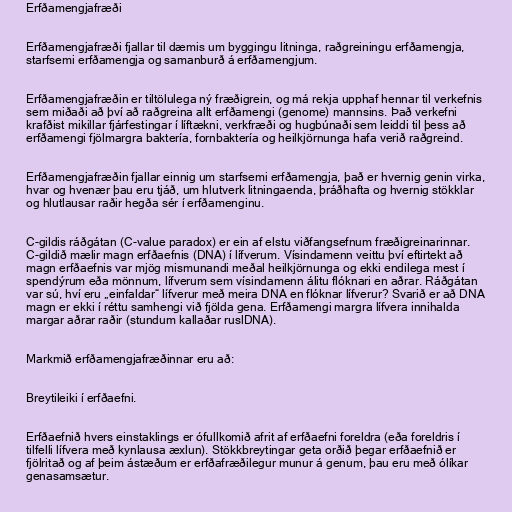
Erfðamengjafræði

Erfðamengjafræði fjallar til dæmis um byggingu litninga, raðgreiningu erfðamengja,
starfsemi erfðamengja og samanburð á erfðamengjum.

Erfðamengjafræðin er tiltölulega ný fræðigrein, og má rekja upphaf hennar til verkefnis
sem miðaði að því að raðgreina allt erfðamengi (genome) mannsins. Það verkefni
krafðist mikillar fjárfestingar í líftækni, verkfræði og hugbúnaði sem leiddi til þess að
erfðamengi fjölmargra baktería, fornbaktería og heilkjörnunga hafa verið raðgreind.

Erfðamengjafræðin fjallar einnig um starfsemi erfðamengja, það er hvernig genin virka,
hvar og hvenær þau eru tjáð, um hlutverk litningaenda, þráðhafta og hvernig stökklar
og hlutlausar raðir hegða sér í erfðamenginu.

C-gildis ráðgátan (C-value paradox) er ein af elstu viðfangsefnum fræðigreinarinnar.
C-gildið mælir magn erfðaefnis (DNA) í lífverum. Vísindamenn veittu því eftirtekt að
magn erfðaefnis var mjög mismunandi meðal heilkjörnunga og ekki endilega mest í
spendýrum eða mönnum, lífverum sem vísindamenn álitu flóknari en aðrar. Ráðgátan
var sú, hví eru „einfaldar“ lífverur með meira DNA en flóknar lífverur? Svarið er að DNA
magn er ekki í réttu samhengi við fjölda gena. Erfðamengi margra lífvera innihalda
margar aðrar raðir (stundum kallaðar ruslDNA).

Markmið erfðamengjafræðinnar eru að:

Breytileiki í erfðaefni.

Erfðaefnið hvers einstaklings er ófullkomið afrit af erfðaefni foreldra (eða foreldris í
tilfelli lífvera með kynlausa æxlun). Stökkbreytingar geta orðið þegar erfðaefnið er
fjölritað og af þeim ástæðum er erfðafræðilegur munur á genum, þau eru með ólíkar
genasamsætur.